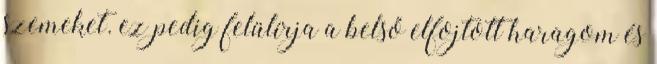
szemeket. ez pedig felülírja a belső elfojtott haragom és